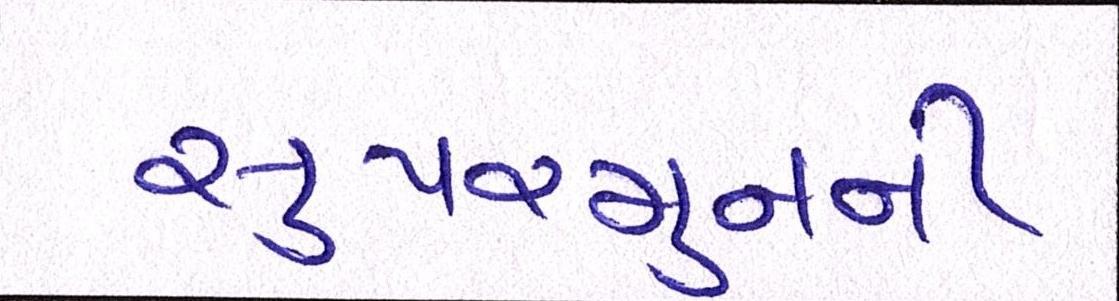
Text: સુપરમુનની